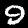
Label: 9